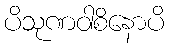
ပိသုဏဝါစိနောပိ